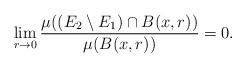
LaTeX: \begin{align*}\lim_{r\to 0}\frac{\mu((E_2\setminus E_1)\cap B(x,r))}{\mu(B(x,r))}= 0.\end{align*}